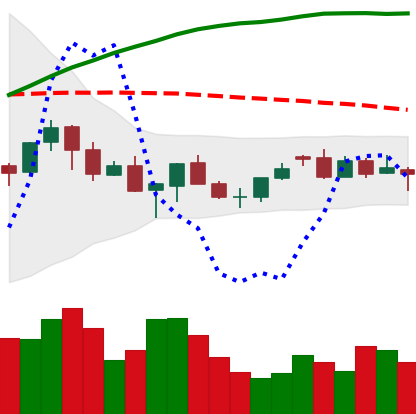
Ticker: XMR-USD
Chart end date: 2021-06-20
Forward return: -25.736%
Label: down_7plus